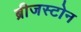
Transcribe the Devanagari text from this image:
ब्रीजस्टोन